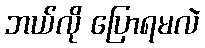
ဘယ်လို ပြောရမလဲ